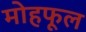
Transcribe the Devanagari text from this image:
मोहफूल